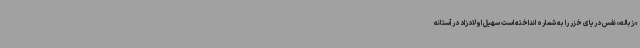
«زباله»‌ نفس دریای خزر را به شماره انداخته است سهیل اولادزاد در آستانه